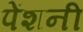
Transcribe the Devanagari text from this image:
पेंशनी